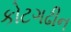
કોટગઢીન